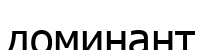
доминант